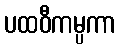
ပထဝီကမ္ပကာ